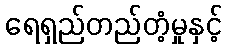
ရေရှည်တည်တံ့မှုနှင့်